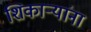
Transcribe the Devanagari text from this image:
शिकार्‍यांना